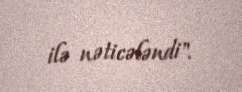
ilə nəticələndi".